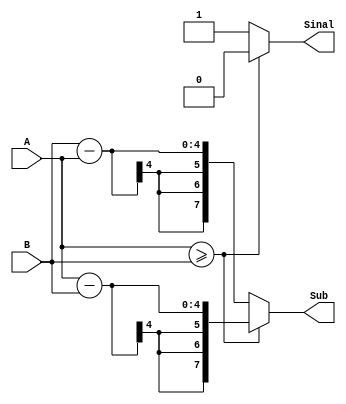
module Subtrator(
input [3:0] A,
input [3:0] B,
output [7:0] Sub,
output Sinal 
);

assign Sub = (A >= B)? A - B: B - A;
assign Sinal = (A >= B)? 0: 1;

endmodule